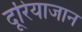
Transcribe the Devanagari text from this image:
दूरियाजान